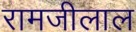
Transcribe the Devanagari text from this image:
रामजीलाल